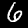
Digit: 6